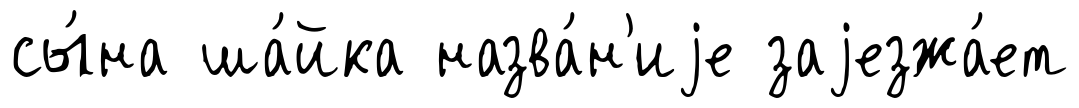
сы́на ша́йка назва́н'иjе заjезжа́ет